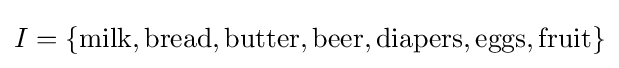
I=\{\mathrm {milk,bread,butter,beer,diapers,eggs,fruit} \}